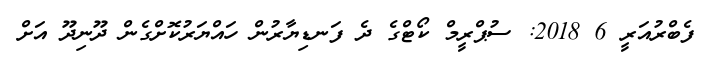
ފެބްރުއަރީ 6 2018: ސުޕްރީމް ކޯޓްގެ ދެ ފަނޑިޔާރުން ހައްޔަރުކޮށްގެން ދޫނިދޫ އަށް